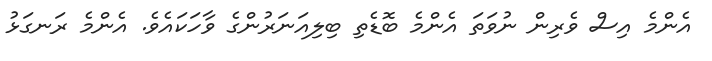
އެންމެ އިސް ވެރިން ނުވަތަ އެންމެ ބޮޑެތި ބިލިއަނަރުންގެ ވާހަކައެވެ. އެންމެ ރަނގަޅު